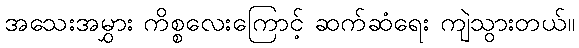
အသေးအမွှား ကိစ္စလေးကြောင့် ဆက်ဆံရေး ကျဲသွားတယ်။